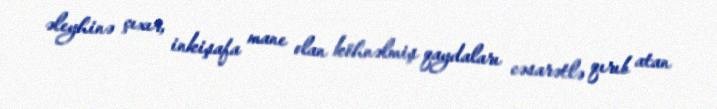
əleyhinə çıxır, inkişafa mane olan köhnəlmiş qaydaları cəsarətlə qırıb atan